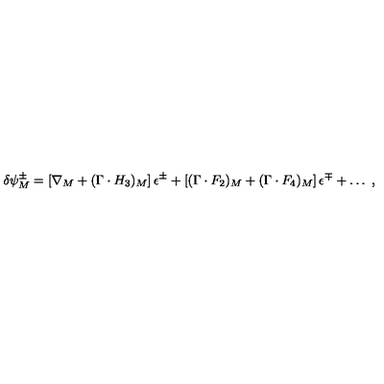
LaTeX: \delta \psi _ { M } ^ { \pm } = \left[ \nabla _ { M } + ( \Gamma \cdot H _ { 3 } ) _ { M } \right] \epsilon ^ { \pm } + \left[ ( \Gamma \cdot F _ { 2 } ) _ { M } + ( \Gamma \cdot F _ { 4 } ) _ { M } \right] \epsilon ^ { \mp } + \ldots \ ,